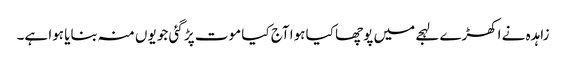
زاہدہ نے اکھڑے لہجے میں پوچھا کیا ہوا آج کیا موت پڑ گئی جو یوں منہ بنایا ہوا ہے۔